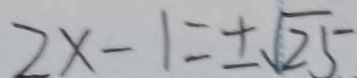
2 x - 1 = \pm \sqrt { 2 5 }